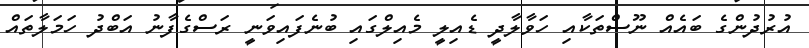
އުރުދުންގެ ބައެއް ނޫސްތަކާއި ހަވާލާދީ ޑެއިލީ މެއިލްގައި ބުނެފައިވަނީ ރަސްގެފާނު އަބްދު ހަމަލާތައް